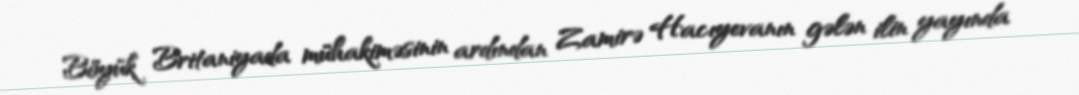
Böyük Britaniyada mühakiməsinin ardından Zamirə Hacıyevanın gələn ilin yayında